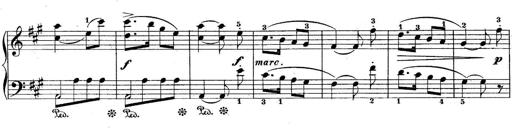
Title: 10 Sonatines progressives
Composer: Anton Schmoll